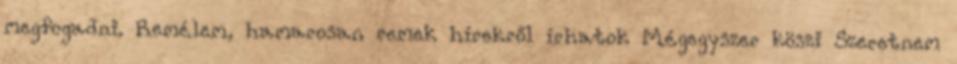
megfogadni. Remélem, hamarosan remek hírekről írhatok Mégegyszer köszi Szeretnem